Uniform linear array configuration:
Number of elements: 32
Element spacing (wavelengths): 0.5
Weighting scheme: binomial
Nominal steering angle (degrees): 0
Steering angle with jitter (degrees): -1.532
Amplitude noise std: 0.05
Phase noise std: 0.05

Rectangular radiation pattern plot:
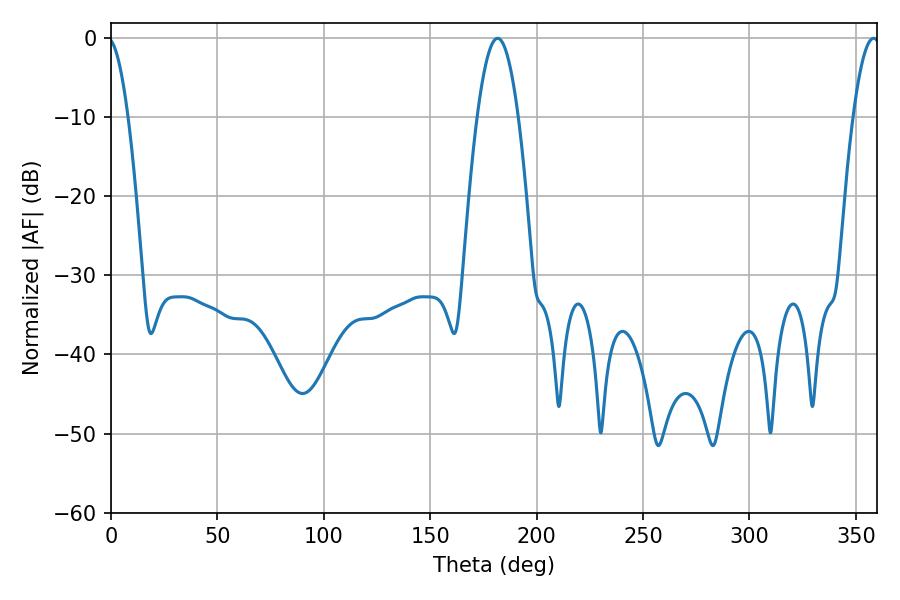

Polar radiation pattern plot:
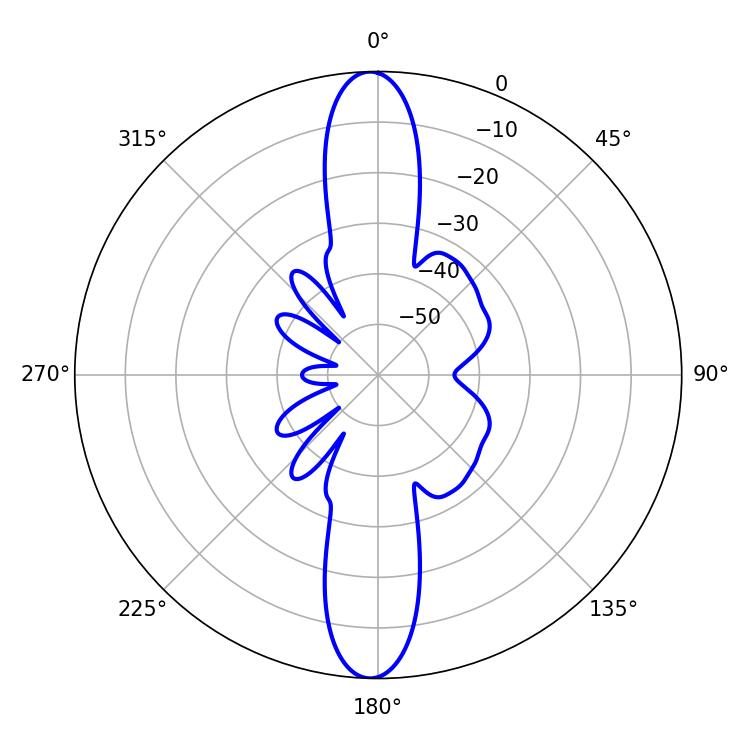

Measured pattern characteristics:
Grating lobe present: FALSE
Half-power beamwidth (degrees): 10.44
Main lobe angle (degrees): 181.62